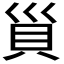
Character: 𧴲